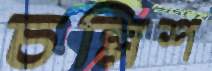
চল্লিশ